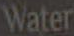
Water